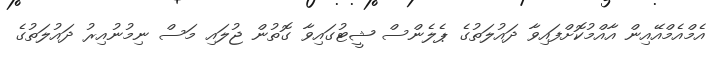
އެމްއެމްއޭއިން އާއްމުކޮށްފައިވާ ދައުލަތުގެ ޕެލެންސް ޝީޓުގައިވާ ގޮތުން ޖުލައި މަސް ނިމުނުއިރު ދައުލަތުގެ